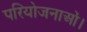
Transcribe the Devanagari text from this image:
परियोजनाओं।